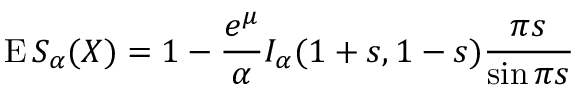
\operatorname { E } S _ { \alpha } ( X ) = 1 - { \frac { e ^ { \mu } } { \alpha } } I _ { \alpha } ( 1 + s , 1 - s ) { \frac { \pi s } { \sin \pi s } }